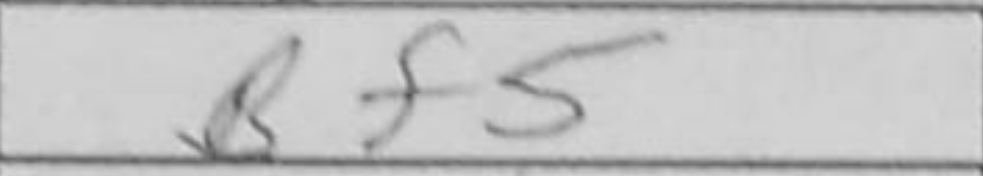
Transcription: Bf5